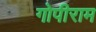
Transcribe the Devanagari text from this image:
गोपीराम